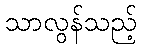
သာလွန်သည့်